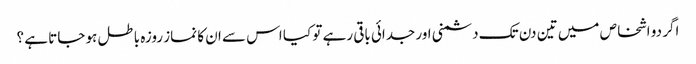
اگر دو اشخاص میں تین دن تک دشمنی اور جدائی باقی رہے تو کیا اس سے ان کا نماز روزہ باطل ہو جاتا ہے ؟